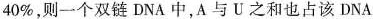
40%，则一个双链DNA中，A与U之和也占该DNA